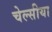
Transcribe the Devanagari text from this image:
चेल्सीया